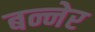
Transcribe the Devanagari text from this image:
बन्नेर